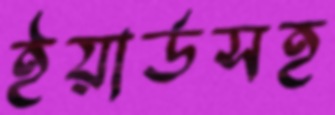
ইয়ার্ডসহ